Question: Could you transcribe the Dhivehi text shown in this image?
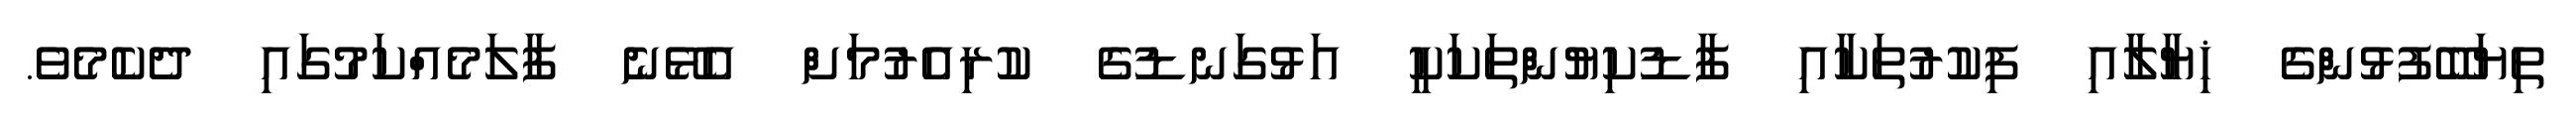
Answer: ތިޔަބޭފުޅުންގެ ޚިޔާލާއި ފިކުރުތަކާއި ފާޑުކިޔުންތަކަކީ އަޅުގަނޑުގެ ކުރިއެރުމަށް އެޅޭނެ ފާލަމެއްކަމުގައި ދެކެމެވެ.